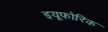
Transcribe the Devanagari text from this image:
इयूफोरिक